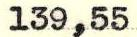
139,55